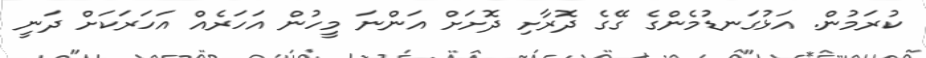
ކުރަމުން. އަޅުގަނޑުމެންގެ ގޭގެ ދޮރާށި ދޮށަށް އަންނަ މީހުން އަހަރެއް އަހަރަކަށް ދަނީ